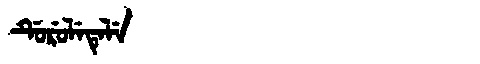
Manchu: ᡩᡠᡵᡠᠯᡝᡨᡝᠯᡝ
Romanization: DURULETELE